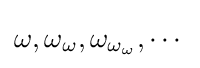
\omega ,\omega _{\omega },\omega _{\omega _{\omega }},\cdots